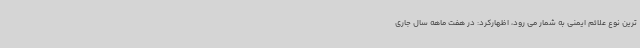
ترین نوع علائم ایمنی به شمار می رود، اظهارکرد: در هفت ماهه سال جاری